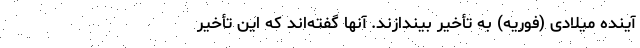
آینده میلادی (فوریه) به تأخیر بیندازند. آنها گفته‌اند که این تأخیر